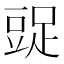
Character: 𧯩